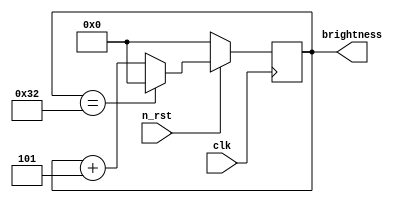
`timescale 1ns / 1ps
//////////////////////////////////////////////////////////////////////////////////
// Company: 
// Engineer: 
// 
// Design Name: 
// Module Name: randomiser
// Project Name: 
// Target Devices: 
// Tool Versions: 
// Description: 
// 
// Dependencies: 
// 
// Revision:
// Revision 0.01 - File Created
// Additional Comments:
// 
//////////////////////////////////////////////////////////////////////////////////


module randomiser(
    input clk,
    input n_rst,
    output reg [5:0] brightness
    );
    
//generates a random piece depending on the value of random
initial begin 
    brightness = 0;
 end
 always@(posedge clk) begin 
    if(!n_rst) begin 
        brightness <= 0;
    end else begin 
    
        if ( brightness == 50 ) begin 
            brightness <= 0;
        end else begin 
            brightness <= brightness + 5;
        end
    end
 end

endmodule